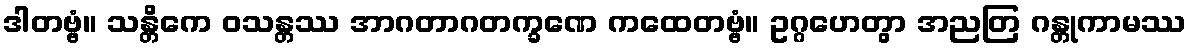
ဒါတဗ္ဗံ။ သန္တိကေ ဝသန္တဿ အာဂတာဂတက္ခဏေ ကထေတဗ္ဗံ။ ဥဂ္ဂဟေတွာ အညတြ ဂန္တုကာမဿ